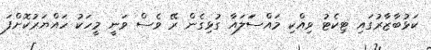
ކަޅުބާޒާރުގައި ޓިކެޓު ވިއްކި މައްސަަލައާ ގުޅިގެން ރޭ ވެސް ވަނީ މީހަކު ހައްޔަރުކޮށްފަ